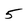
Character: 5